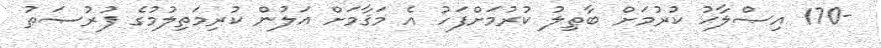
-170 އިޞްލާޙު ކުރުމަށް ބާޠިލު ކުރުމަށްފަހު އެ މަޤާމަށް އަލުން ކުރިމަތިލުމުގެ ފުރުޞަޠު